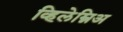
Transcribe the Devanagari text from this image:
व्हिलेम्निअ